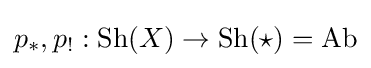
p_{*},p_{!}:{\text{Sh}}(X)\to {\text{Sh}}(\star )={\text{Ab}}